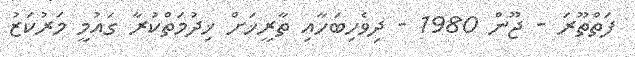
ފަތްތޫރަ - ޖޫން 1980 - ދިވެހިބަހާއި ތާރީޚަށް ޚިދުމަތްކުރާ ގައުމީ މަރުކަޒު